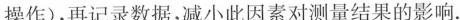
操作)，再记录数据，减小此因素对测量结果的影响.